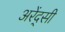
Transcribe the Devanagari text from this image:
अरेंद्सी